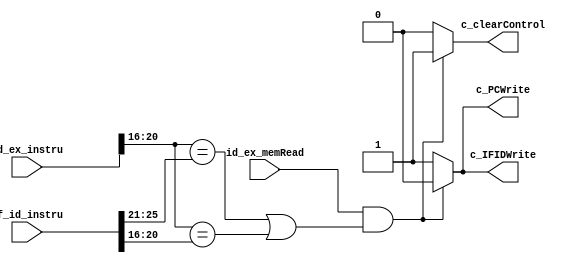
module hazard_det(
  input id_ex_memRead, // ID/EX.MemRead
  input [31:0] if_id_instru, // IF/ID.instru
  input [31:0] id_ex_instru, // ID/EX.instru
  output reg c_PCWrite, // -> PC
  output reg c_IFIDWrite, // -> IF/ID pipelined reg
  output reg c_clearControl // -> control (ID/EX.Flush) 
  // FIXME: bool convention
);
  // id_ex_instru[20:16]: ID/EX.Rt
  // if_id_instru[25:21]: IF/ID.Rs
  // if_id_instru[20:16]: IF/ID.Rt

  initial begin
    c_PCWrite = 1;
    c_IFIDWrite = 1;
    c_clearControl = 0;
  end

  always @(*) begin
    if (id_ex_memRead==1 && ((id_ex_instru[20:16] == if_id_instru[25:21]) || (id_ex_instru[20:16] == if_id_instru[20:16]))) begin
      c_PCWrite = 0; // if PCWrite==0, don't write in new instruction, IM decode the current instruction again
      c_IFIDWrite = 0; // if IF_ID_Write==0, IF/ID register keeps the current instruction
      c_clearControl = 1; // if ID_EX_Flush=1, all control signals in ID/EX are 0
    end else begin
      c_PCWrite = 1;
      c_IFIDWrite = 1;
      c_clearControl = 0;
    end
  end

endmodule